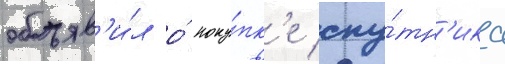
объяв'и́л о́ поку́пк'е спу́тн'ика